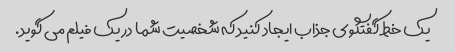
یک خط گفتگوی جذاب ایجاد کنید که شخصیت شما در یک فیلم می گوید.